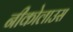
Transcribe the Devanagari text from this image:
नीकोलाउस